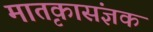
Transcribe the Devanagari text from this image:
मातृकासंज्ञक